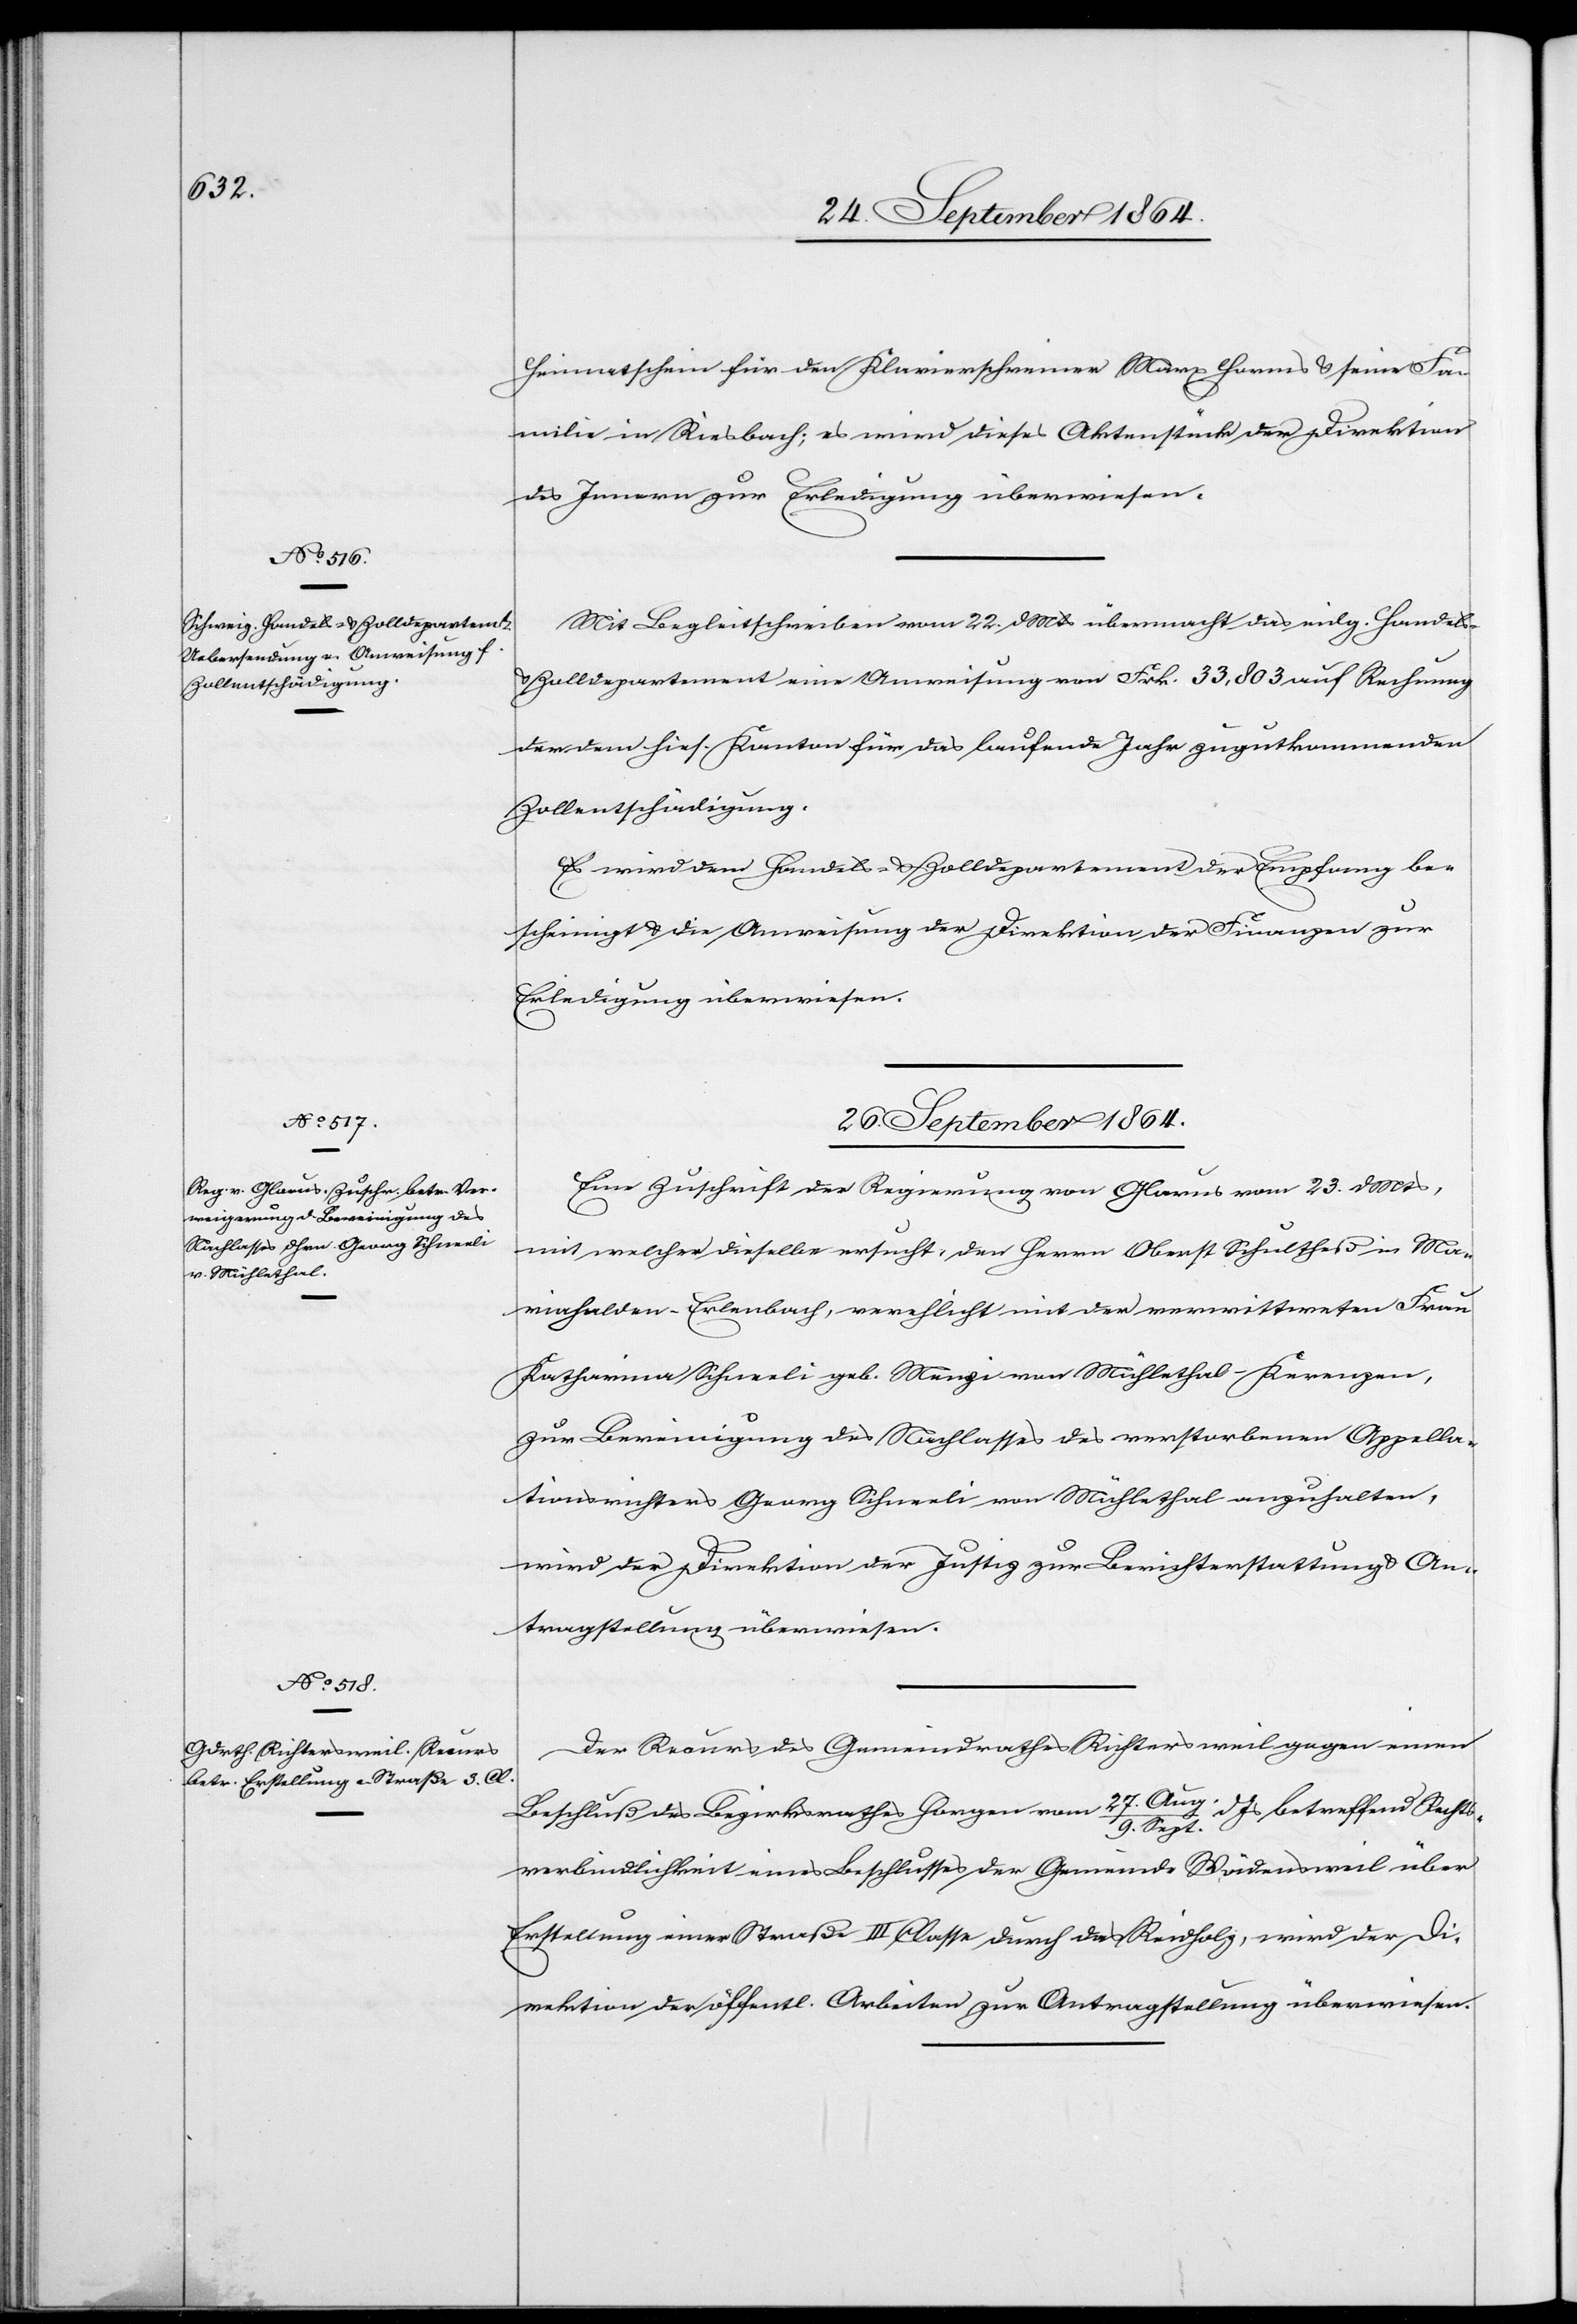
Heimatschein für den Klavierschreiner Marx Horms & seine Fa¬
milie in Riesbach; es wird dieses Aktenstück der Direktion
des Innern zur Erledigung überwiesen.
Mit Begleitschreiben vom 22. d. Mts übermacht das eidg. Handels-
Zolldepartement eine Anweisung von Frk. 33,803 auf Rechnung
der dem hies. Kanton für das laufende Jahre zugutkommenden
Zollentschädigung.
Es wird dem Handels- & Zolldepartement der Empfang be¬
scheinigt & die Anweisung der Direktion der Finanzen zur
Erledigung überwiesen.
26. September 1864.]
Eine Zuschrift der Regierung von Glarus vom 23. d. Mts,
mit welcher dieselbe ersucht, den Herrn Oberst Schultheß in Ma¬
riahalden-Erlenbach, verehelicht mit der verwittweten Frau
Katharina Schneeli geb. Menzi von Mühlethal-Kerenzen,
zur Bereinigung des Nachlasses des verstorbenen Appella¬
tionsrichters Georg Schneeli von Mühletal anzuhalten,
wird der Direktion der Justiz zur Berichterstattung & An¬
tragstellung überwiesen.
Der Recurs des Gemeindrathes Richtersweil gegen einen
Beschluß des Bezirksrathes Horgen vom 27. Aug./9. Sept. d. Js betreffend Rechts¬
verbindlichkeit eines Beschlusses der Gemeinde Wädensweil über
Erstellung einer Straße III. Classe durch das Reidholz, wird der Di¬
rektion der öffentl. Arbeiten zur Antragstellung überwiesen.